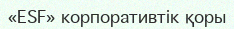
«ESF» корпоративтік қоры